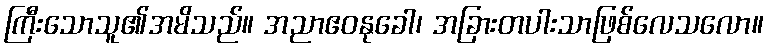
ကြီးသောသူ၏အမိသည်။ အညာဧဝနုခေါ၊ အခြားတပါးသာဖြစ်လေသလော။